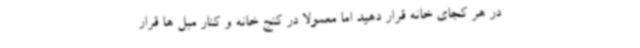
در هر کجای خانه قرار دهید اما معمولا در کنج خانه و کنار مبل ها قرار